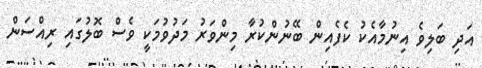
އަދި ބަލިވެ އިނުމާއެކު ކެފެއިން ބޭނުންކުރާ މިންވަރު މަދުވުމަކީ ވެސް ބޮލުގައި ރިއްސަން